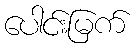
ပေါင်းမြက်